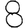
Digit: 8